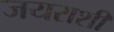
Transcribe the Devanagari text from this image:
जयराशी